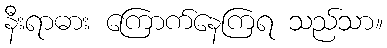
နီးရာဓား ကြောက်နေကြရ သည်သာ။